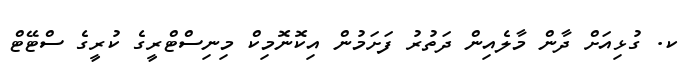
ކ. ގުޅިއަށް ދާން މާލެއިން ދަތުރު ފަށަމުން އިކޮނޮމިކް މިނިސްޓްރީގެ ކުރީގެ ސްޓޭޓް